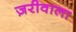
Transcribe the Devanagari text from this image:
ज़रीवाला